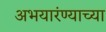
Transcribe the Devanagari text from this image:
अभयारंण्याच्या